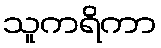
သူကရိကာ